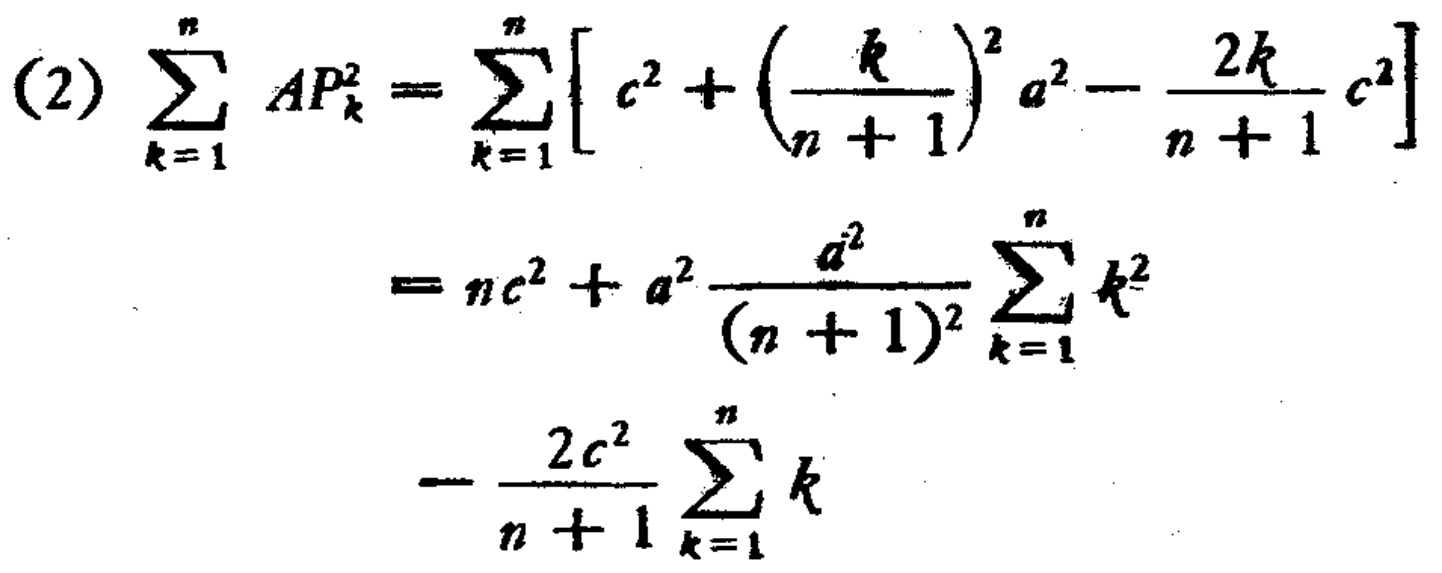
\begin{align*}
(2)\ \sum_{k = 1}^{n} AP_{k}^{2} &= \sum_{k = 1}^{n} \left[ c^{2} + \left( \frac{k}{n + 1} \right)^{2} a^{2} - \frac{2k}{n + 1} c^{2} \right]\\
&= nc^{2} + a^{2} \frac{a^{2}}{(n + 1)^{2}} \sum_{k = 1}^{n} k^{2}\\
&- \frac{2c^{2}}{n + 1} \sum_{k = 1}^{n} k
\end{align*}